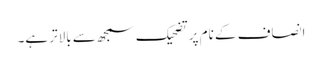
انصاف کے نام پر تضحیک سمجھ سے بالاتر ہے۔